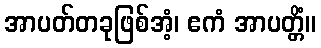
အာပတ်တခုဖြစ်အံ့၊ ဧကံ အာပတ္တိံ။